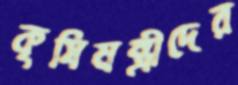
কৃষিমন্ত্রীদের